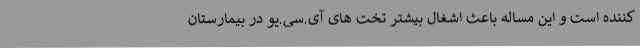
کننده است و این مساله باعث اشغال بیشتر تخت های آی.سی.یو در بیمارستان